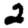
Digit: 2